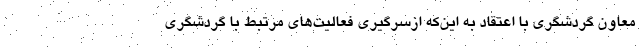
معاون گردشگری با اعتقاد به این‌که ازسرگیری فعالیت‌های مرتبط با گردشگری